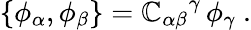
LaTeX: \{ \phi_{\alpha},\phi_{\beta}\} ={\mathbb{C}_{\alpha\beta}}^{\gamma}\, \phi_{\gamma}\ .